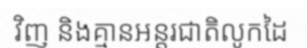
វិញ និងគ្មានអន្តរជាតិលូកដៃ